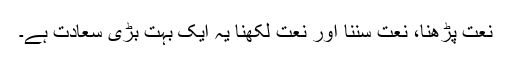
نعت پڑھنا، نعت سننا اور نعت لکھنا یہ ایک بہت بڑی سعادت ہے۔